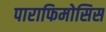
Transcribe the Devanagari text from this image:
पाराफिमोसिस